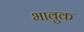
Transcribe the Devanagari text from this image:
भावुक